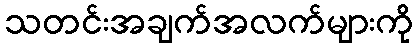
သတင်းအချက်အလက်များကို